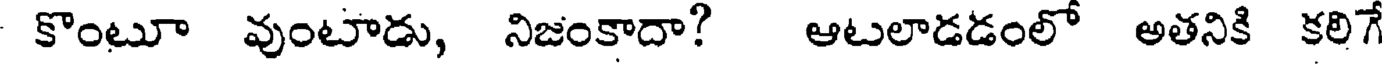
కొంటూ వుంటాడు, నిజంకాదా? ఆటలాడడంలో అతనికి కలిగే